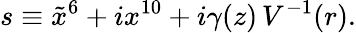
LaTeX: s\equiv\tilde{x}^{6}+ix^{10}+i\gamma(z)\, V^{-1}(r).